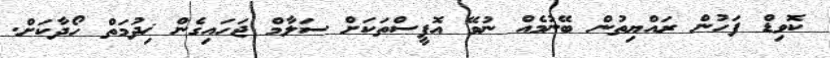
ކޮވިޑް ފަހުން ރައްޔިތުން ބޭނުމެއް ނުވޭ އޮފީސްތަކަށް ސަލާމް ޖަހައިގެން ޚިދުމަތް ހޯދާކަށް.